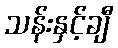
သန်းနှင့်ချီ